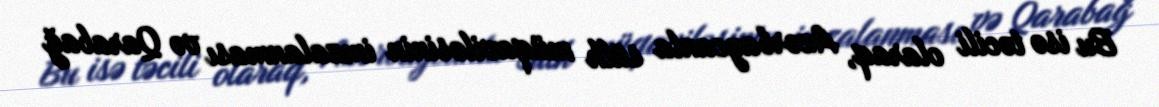
Bu isə təcili olaraq, Azərbaycanla sülh müqaviləsinin imzalanması və Qarabağ